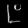
Digit: ၉